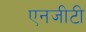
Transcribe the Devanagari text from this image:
एनजीटी